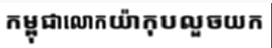
កម្ពុជាលោកយ៉ាកុបលួចយក